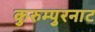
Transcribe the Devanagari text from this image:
कुरुम्पुरनाट